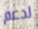
لدعم